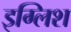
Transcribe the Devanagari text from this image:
इग्लिश